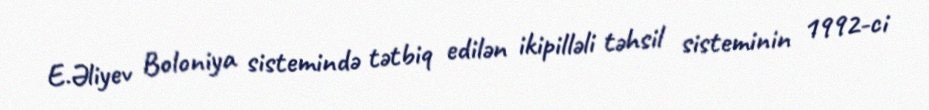
E.Əliyev Boloniya sistemində tətbiq edilən ikipilləli təhsil sisteminin 1992-ci